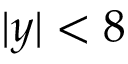
| y | < 8